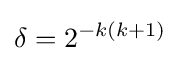
\delta =2^{-k(k+1)}